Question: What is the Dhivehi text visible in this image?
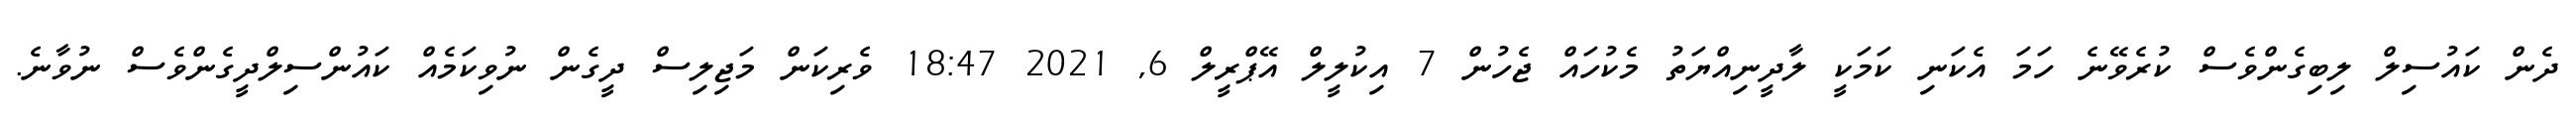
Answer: ދެން ކައުސިލް ލިބިގެންވެސް ކުރެވޭނެ ހަމަ އެކަނި ކަމަކީ ލާދީނިއްޔަތު މެކުހައް ޖެހުން 7 އިކުލީލް އޭޕްރީލް 6, 2021 18:47 ވެރިކަން މަޖިލިސް ދީގެން ނުވިކަމެއް ކައުންސިލްދީގެންވެސް ނުވާނެ.